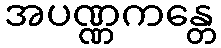
အပဏ္ဏကန္တေ